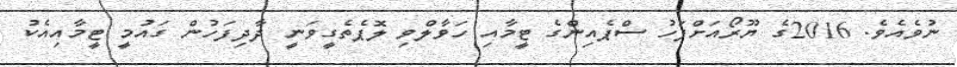
ނުވެއެވެ. 2016ގެ ޔޫރޯއަށްފަހު ސްޕެއިންގެ ޓީމާއި ހަވާލްވި ލޮޕެތެގީވަނީ ދާދިފަހުން ގައުމީ ޓީމާއިއެކު